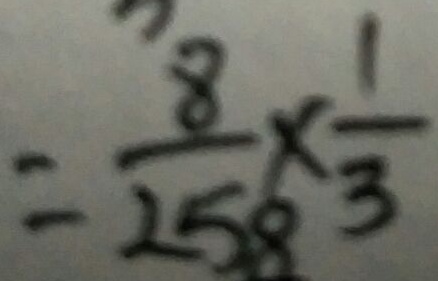
= \frac { 8 } { 2 5 8 } \times \frac { 1 } { 3 }